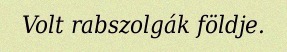
Volt rabszolgák földje.